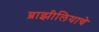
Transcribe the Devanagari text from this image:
ब्राझीलियाचे